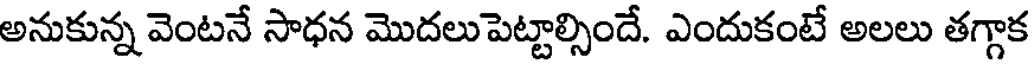
అనుకున్న వెంటనే సాధన మొదలుపెట్టాల్సిందే. ఎందుకంటే అలలు తగ్గాక